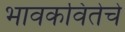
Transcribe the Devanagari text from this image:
भावकवितेचे